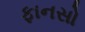
ફાનસો